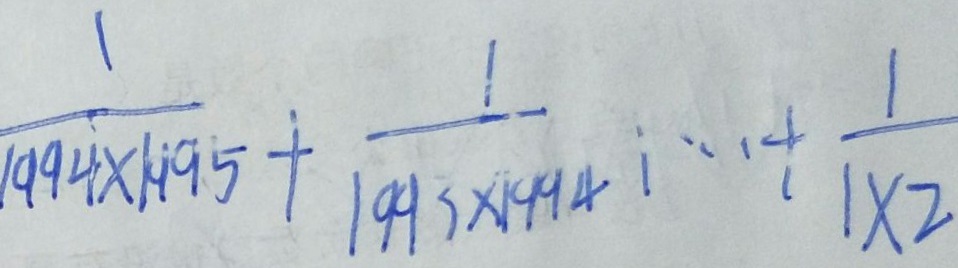
\frac { 1 } { 1 9 9 4 \times 1 9 9 5 } + \frac { 1 } { 1 9 9 3 \times 1 9 9 4 } \cdots + \frac { 1 } { 1 \times 2 }